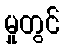
မှုတွင်